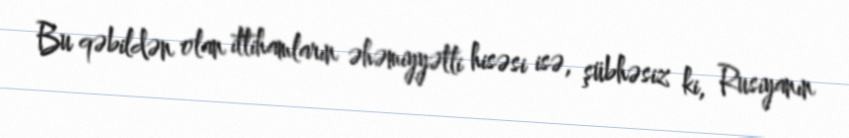
Bu qəbildən olan ittihamların əhəmiyyətli hisəsi isə, şübhəsiz ki, Rusiyanın